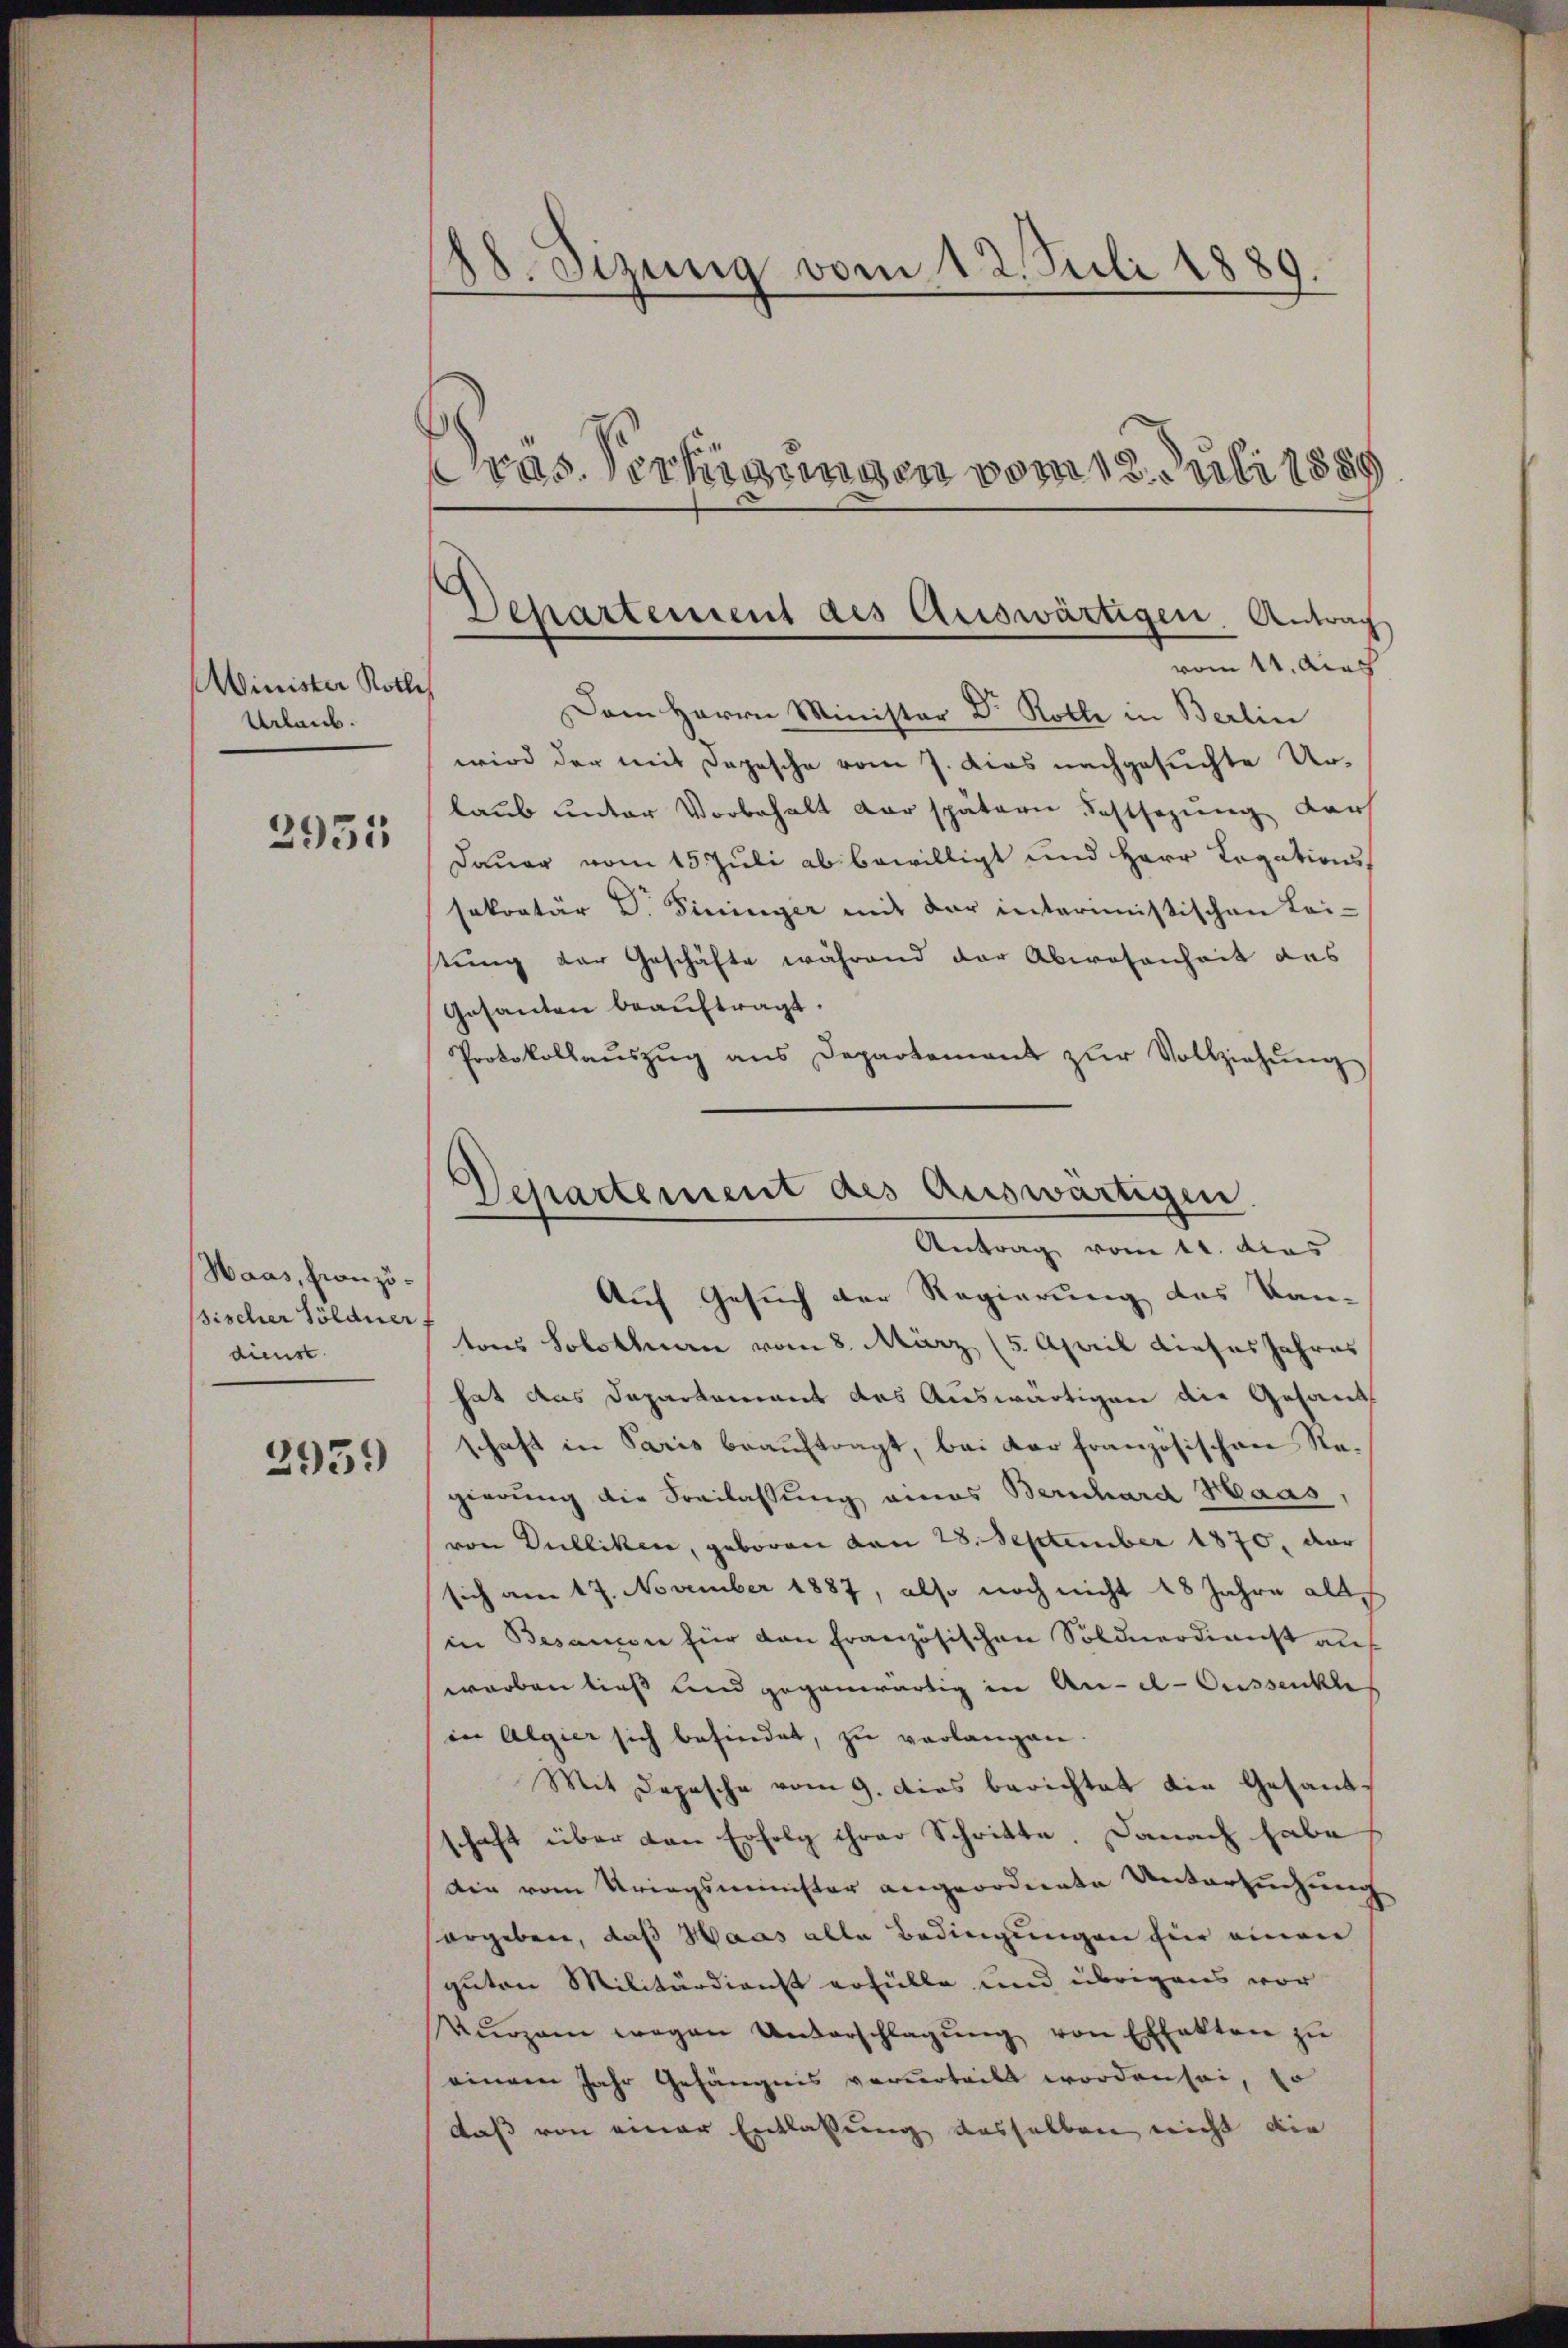
Winister Roth
Urlaub.
2935

Haas, Französischer Söldner
dienst

2959

88. Sizung vom 12. Juli 1889.
e
ras. Vertigungen vom 18. Juli 1889

Dehartement als Auswärtigen. Antrag
vom 11. dies

Dem Herrn Minister Dr Rolle in Berlin
wird der mit Depesche vom 7. dies nachgesuchte Urlaub unter Vorbehalt der spätern Festsezung der
Dauer vom 15. Juli ab bewilligt und Herr Legationssekretär D. Fininger mit der intermistischen Lei-
tung der Geschäfte während der Abwesenheit des
Gesanten beauftragt.
Protokollaŭszŭg ans Departement zŭr Vollziehŭng
Auf Gesuch der Regierung des Kan-
tons Solothurn vom 8. März (5. April dieses Jahres
hat das Dapartement das Auswärtigen die Gesandt
schaft in Paris beauftragt, bei der französischen Regierung die Freilassung eines Bernhard Haas,
von Dulliken, geboren von 28. September 1870, dar
sich am 17. November 1887, also noch nicht 18 Jahre altin Besanzen für den Französischen Söldnerdienst auf
worben ließ und gegenwärtig in An-el-Aussenkte
in Algier sich befindet, zu verlangen.
Mit Depesche vom 9. dies berichtet die Gesandschaft über den Erfolg ihrer Schritte. Danach habe
die vom Kriegsminister angeordnete Untersuchung
ergeben, daß Haas alle Bedingungen für einen
guten Militärdienst erfülle und übrigens vor
Vŭrzem wegen Unterschlagŭng von Effekten zŭ
einem Jahr Gefängnis verurteilt worden sei, so
daß von einer Entlassung desselben nicht die

Departement des Auswärtigen
Antrag vom 11. das